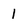
Character: 1